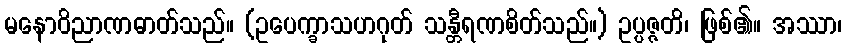
မနောဝိညာဏဓာတ်သည်။ (ဥပေက္ခာသဟဂုတ် သန္တီရဏစိတ်သည်။) ဥပ္ပဇ္ဇတိ၊ ဖြစ်၏။ အဿာ၊